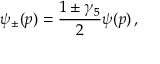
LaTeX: \psi _ { \pm } ( p ) = { \frac { 1 \pm \gamma _ { 5 } } { 2 } } \psi ( p ) \, ,